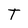
Character: T